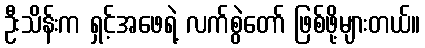
ဦးသိန်းက ရှင့်အဖေရဲ့ လက်စွဲတော် ဖြစ်ဖို့များတယ်။